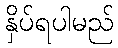
နှိပ်ရပါမည်